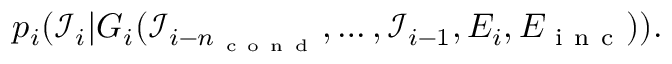
p _ { i } ( { \mathcal I } _ { i } | G _ { i } ( { \mathcal I } _ { i - n _ { \mathrm { ~ c ~ o ~ n ~ d ~ } } } , \dots , { \mathcal I } _ { i - 1 } , E _ { i } , E _ { \mathrm { ~ i ~ n ~ c ~ } } ) ) .